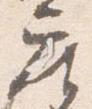
座